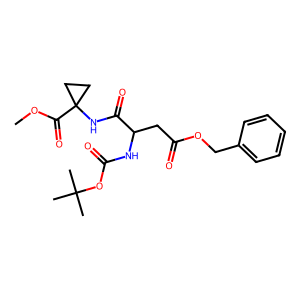
SMILES: COC(=O)C1(NC(=O)C(CC(=O)OCc2ccccc2)NC(=O)OC(C)(C)C)CC1
Inhibits HIV replication: No